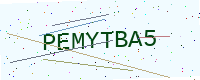
Text: PEMYTBA5